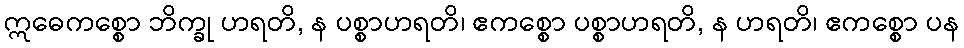
ဣဓေကစ္စော ဘိက္ခု ဟရတိ, န ပစ္စာဟရတိ၊ ဧကစ္စော ပစ္စာဟရတိ, န ဟရတိ၊ ဧကစ္စော ပန